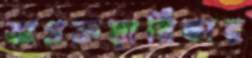
অগ্রক্রয়াধিকার